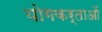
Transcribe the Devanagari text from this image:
योगकर्ताओं